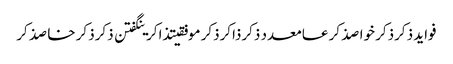
فواید ذکرذکر خواصذکر عامعدد ذکرذاکرذکر موفقیتذاکرینگفتن ذکرذکر خاصذکر